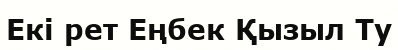
Екі рет Еңбек Қызыл Ту